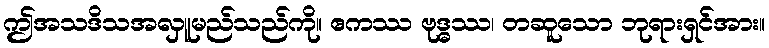
ဤအသဒိသအလှူမည်သည်ကို။ ဧကဿ ဗုဒ္ဓဿ၊ တဆူသော ဘုရားရှင်အား။